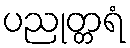
ပညုတ္တရံ